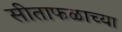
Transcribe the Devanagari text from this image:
सीताफळाच्या